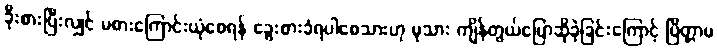
ခိုးစားပြီးလျှင် မစားကြောင်းယုံစေရန် ခွေးစားခံရပါစေသားဟု မုသား ကျိန်တွယ်ပြောဆိုခဲ့ခြင်းကြောင့် ပြိတ္တာမ